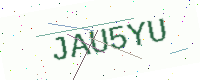
Text: JAU5YU